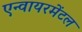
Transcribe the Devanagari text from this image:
एन्वायरमेंटल